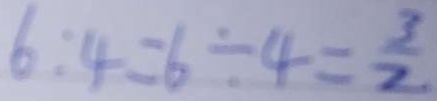
6 : 4 = 6 \div 4 = \frac { 3 } { 2 }